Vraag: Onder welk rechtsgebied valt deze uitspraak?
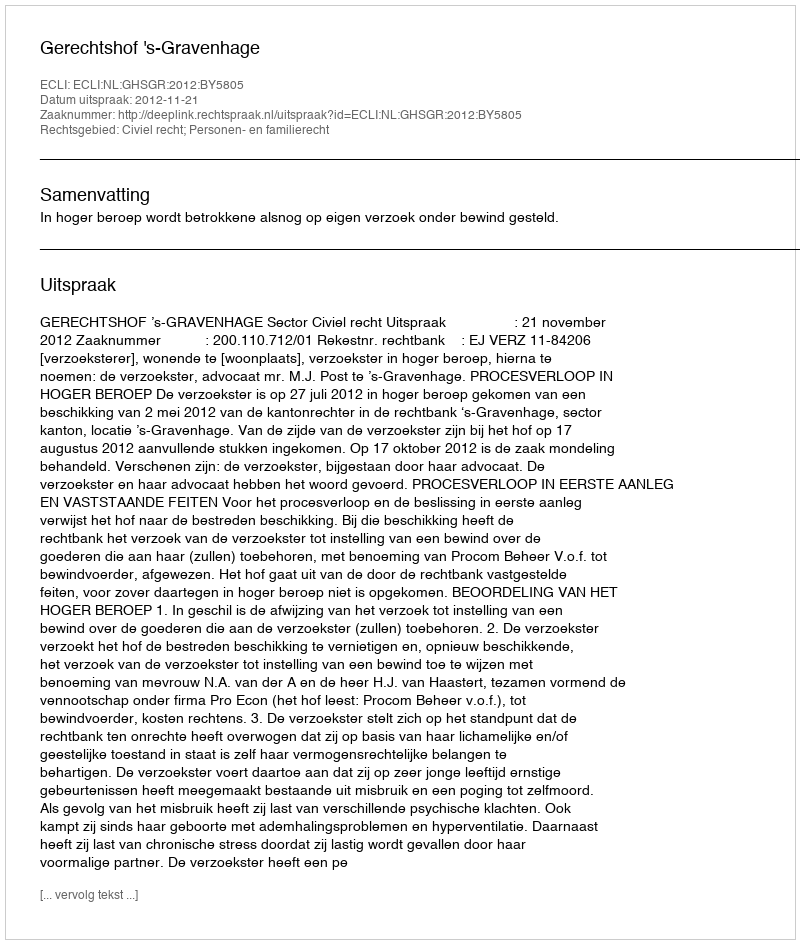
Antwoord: Civiel recht; Personen- en familierecht